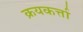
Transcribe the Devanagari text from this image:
क्रयकर्त्ता